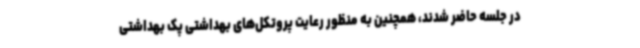
در جلسه حاضر شدند، همچنین به منظور رعایت پروتکل‌های بهداشتی پک بهداشتی